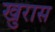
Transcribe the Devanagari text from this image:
खुरास